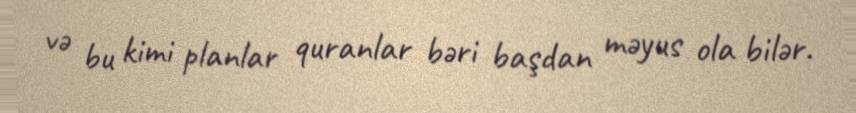
və bu kimi planlar quranlar bəri başdan məyus ola bilər.